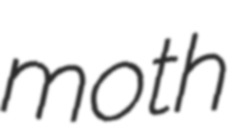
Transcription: moth